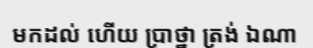
មកដល់ ហើយ ប្រាថ្នា ត្រង់ ឯណា